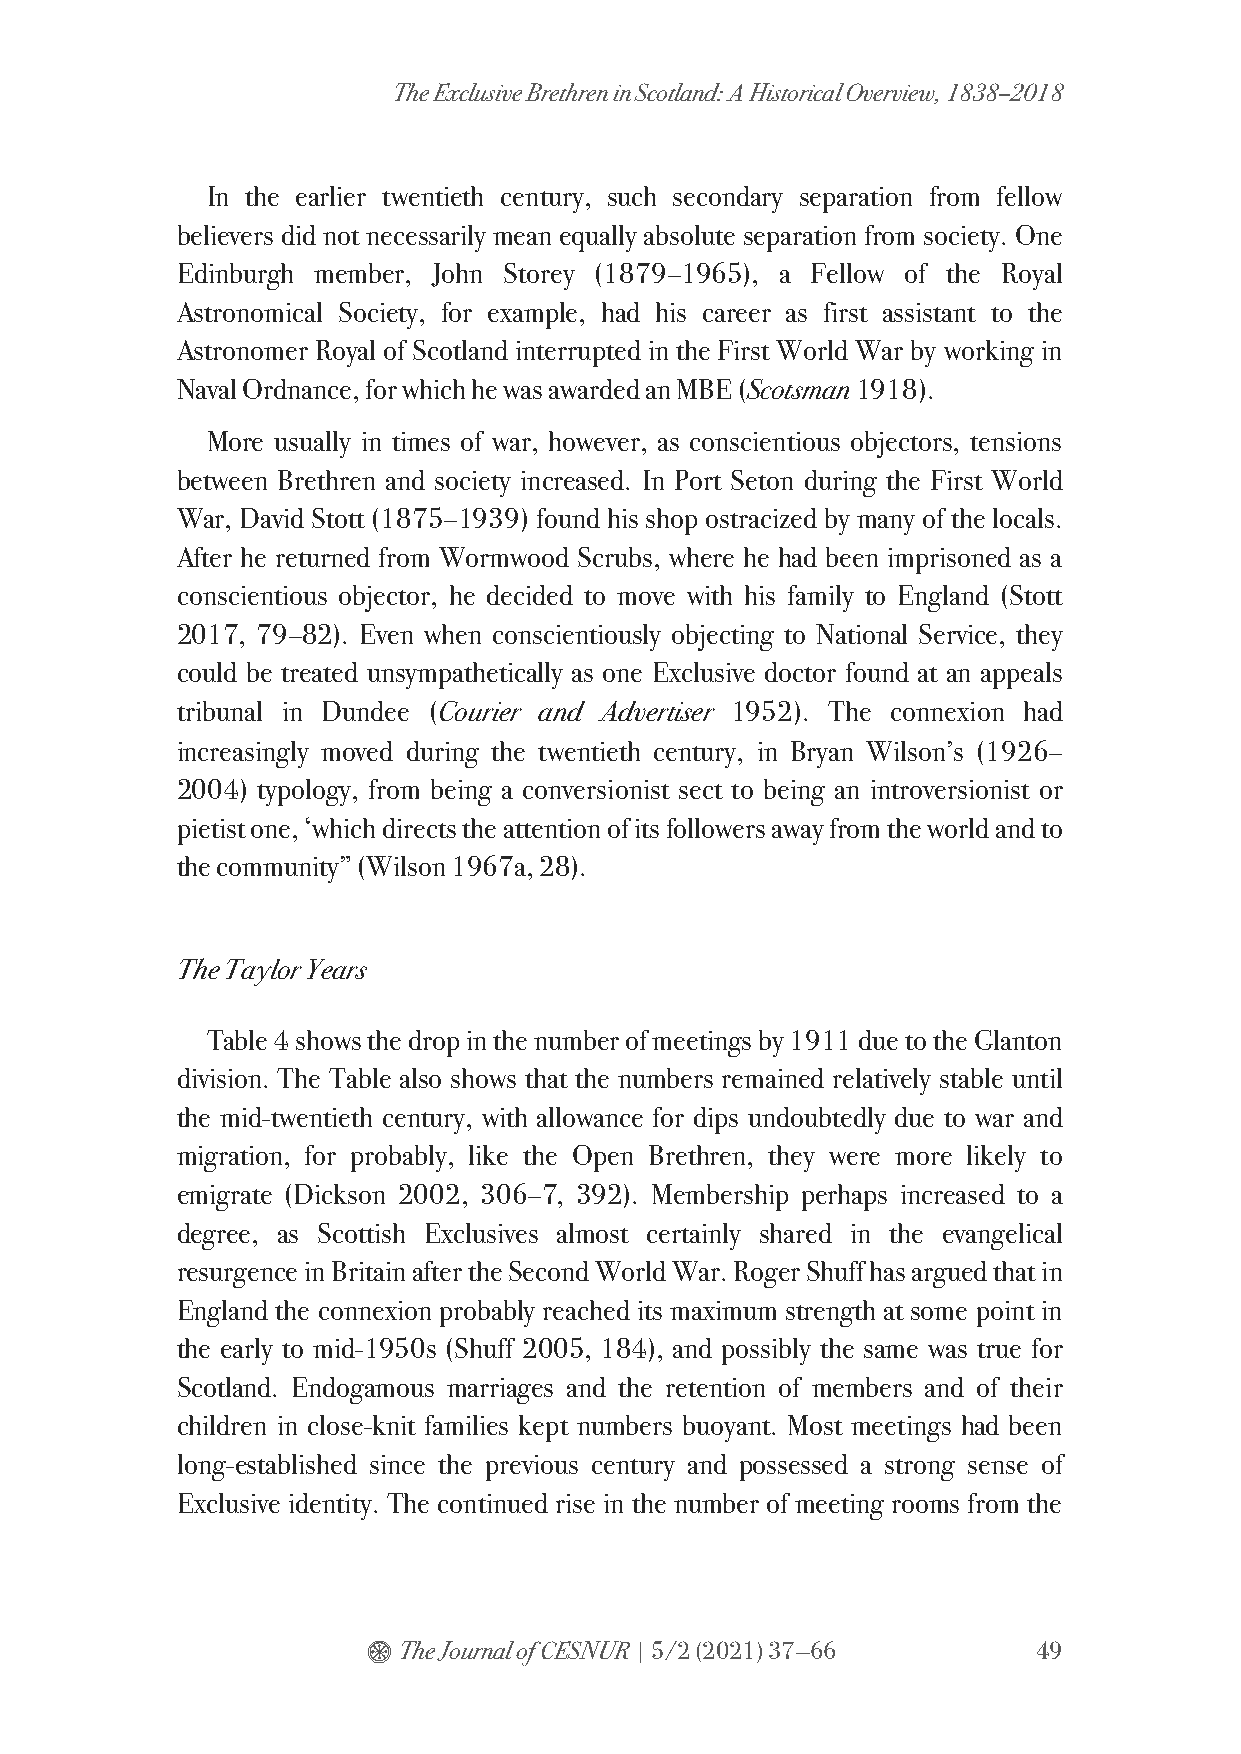
The Exclusive Brethren in Scotland: A Historical Overview, 1838–2018
 In the earlier twentieth century, such secondary separation from fellow
 believers did not necessarily mean equally absolute separation from society. One
 Edinburgh member, John Storey (1879–1965), a Fellow of the Royal
 Astronomical Society, for example, had his career as first assistant to the
 Astronomer Royal of Scotland interrupted in the First World War by working in
 Naval Ordnance, for which he was awarded an MBE (Scotsman 1918).
 More usually in times of war, however, as conscientious objectors, tensions
 between Brethren and society increased. In Port Seton during the First World
 War, David Stott (1875–1939) found his shop ostracized by many of the locals.
 After he returned from Wormwood Scrubs, where he had been imprisoned as a
 conscientious objector, he decided to move with his family to England (Stott
 2017, 79–82). Even when conscientiously objecting to National Service, they
 could be treated unsympathetically as one Exclusive doctor found at an appeals
 tribunal in Dundee (Courier and Advertiser 1952). The connexion had
 increasingly moved during the twentieth century, in Bryan Wilson’s (1926–
 2004) typology, from being a conversionist sect to being an introversionist or
 pietist one, ‘which directs the attention of its followers away from the world and to
 the community” (Wilson 1967a, 28).
 The Taylor Years
 Table 4 shows the drop in the number of meetings by 1911 due to the Glanton
 division. The Table also shows that the numbers remained relatively stable until
 the mid-twentieth century, with allowance for dips undoubtedly due to war and
 migration, for probably, like the Open Brethren, they were more likely to
 emigrate (Dickson 2002, 306–7, 392). Membership perhaps increased to a
 degree, as Scottish Exclusives almost certainly shared in the evangelical
 resurgence in Britain after the Second World War. Roger Shuff has argued that in
 England the connexion probably reached its maximum strength at some point in
 the early to mid-1950s (Shuff 2005, 184), and possibly the same was true for
 Scotland. Endogamous marriages and the retention of members and of their
 children in close-knit families kept numbers buoyant. Most meetings had been
 long-established since the previous century and possessed a strong sense of
 Exclusive identity. The continued rise in the number of meeting rooms from the
 $ The Journal of CESNUR | 5/2 (2021) 37—66   49